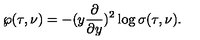
\wp ( \tau , \nu ) = - ( y \frac { \partial } { \partial y } ) ^ { 2 } \log \sigma ( \tau , \nu ) .